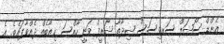
އެންޑް ސޯޝަލް ސަރވިސަސް ޝިދާތާ ޝަރީފް ވަނީ ހާއްސަ ޚިޠާބެއް ދެއްވާފައެވެ. އެ